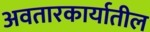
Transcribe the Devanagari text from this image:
अवतारकार्यातील